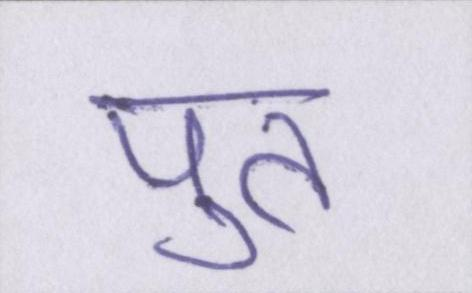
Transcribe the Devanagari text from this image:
पुत